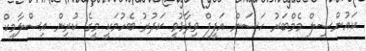
ކައުންސިލް މެމްބަރު ހަސަން އަފީފް ވިދާޅުވީ ކަދުރު ބެހުމަކީ މީގެ ކުރިން އިސްލާމިކް